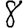
Digit: 8